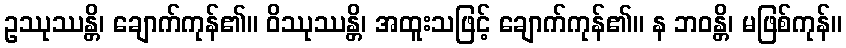
ဥဿုဿန္တိ၊ ချောက်ကုန်၏။ ဝိဿုဿန္တိ၊ အထူးသဖြင့် ချောက်ကုန်၏။ န ဘဝန္တိ၊ မဖြစ်ကုန်။